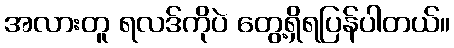
အလားတူ ရလဒ်ကိုပဲ တွေ့ရှိရပြန်ပါတယ်။